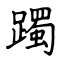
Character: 躅